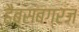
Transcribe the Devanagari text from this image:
हैब्सबग्रज